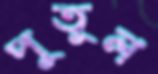
পুতুল